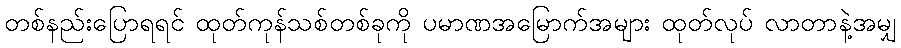
တစ်နည်းပြောရရင် ထုတ်ကုန်သစ်တစ်ခုကို ပမာဏအမြောက်အများ ထုတ်လုပ် လာတာနဲ့အမျှ